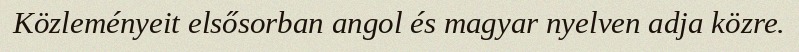
Közleményeit elsősorban angol és magyar nyelven adja közre.